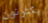
يكترثون